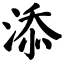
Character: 添